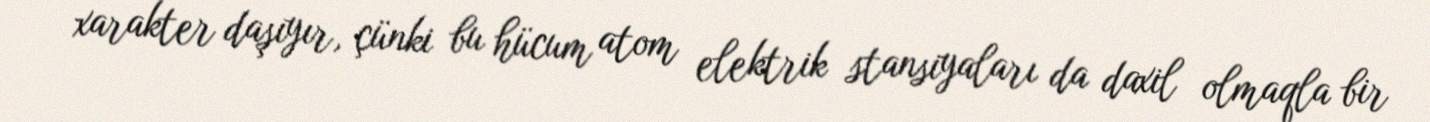
xarakter daşıyır, çünki bu hücum atom elektrik stansiyaları da daxil olmaqla bir